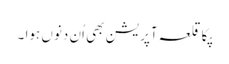
پکا قلعہ آپریشن بھی اُن دنوں ہوا ۔